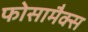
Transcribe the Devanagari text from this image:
फोसामैक्स